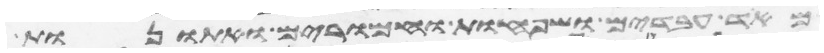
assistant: מאד עבדים ושפחות וחמרים ואתנות